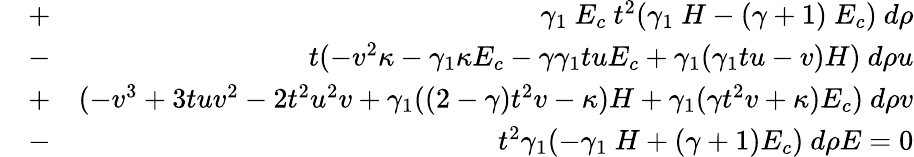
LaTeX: \begin{array}{rlr}&{+}&{\gamma_{1}~E_{c}~t^{2}(\gamma_{1}~H-(\gamma+1)~E_{c})~d\rho}\\ &{-}&{t(-v^{2}\kappa-\gamma_{1}\kappa E_{c}-\gamma\gamma_{1}tuE_{c}+\gamma_{1}(\gamma_{1}tu-v)H)~d\rho u}\\ &{+}&{(-v^{3}+3tuv^{2}-2t^{2}u^{2}v+\gamma_{1}((2-\gamma)t^{2}v-\kappa)H+\gamma_{1}(\gamma t^{2}v+\kappa)E_{c})~d\rho v}\\ &{-}&{t^{2}\gamma_{1}(-\gamma_{1}~H+(\gamma+1)E_{c})~d\rho E=0}\end{array}